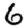
Digit: 6